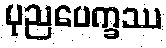
ပုညပေက္ခဿ